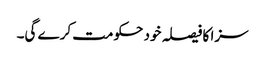
سزا کا فیصلہ خود حکومت کرے گی۔